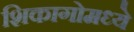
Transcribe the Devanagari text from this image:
शिकागोमध्ये